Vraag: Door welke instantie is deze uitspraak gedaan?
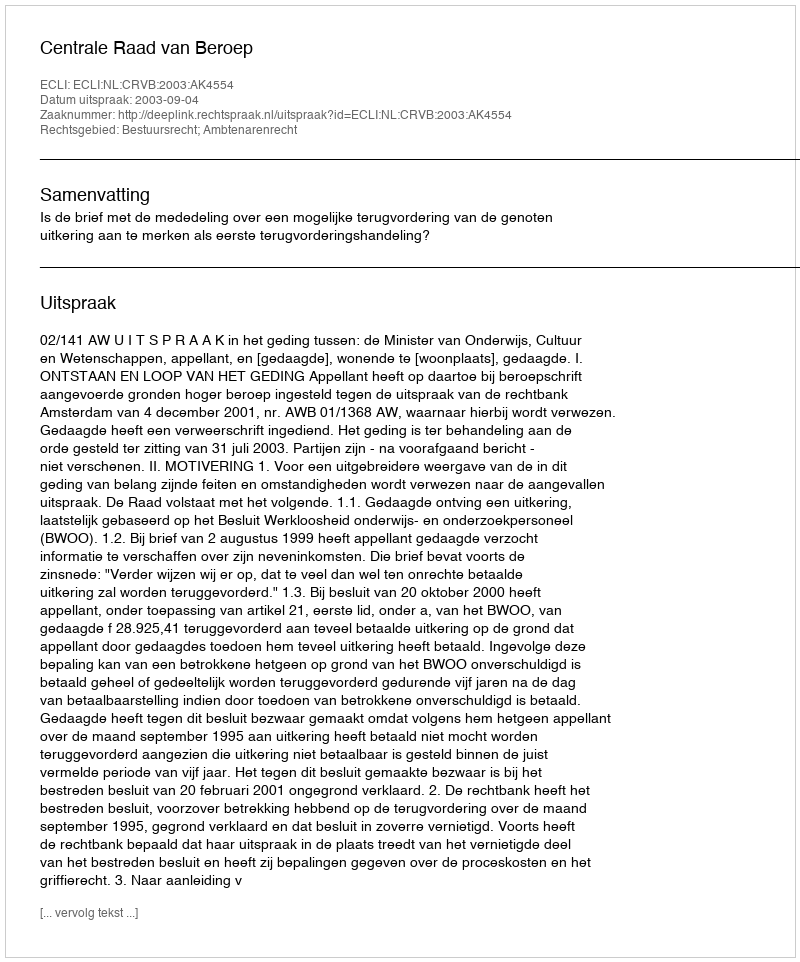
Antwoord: Centrale Raad van Beroep